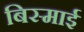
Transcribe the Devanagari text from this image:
बिस्माई